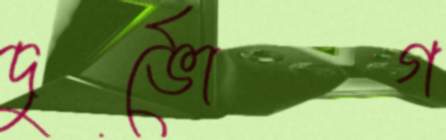
দুর্ভোগ